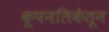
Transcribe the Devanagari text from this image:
कूपनलिकेतून